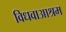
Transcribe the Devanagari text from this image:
विधवाआश्रम